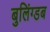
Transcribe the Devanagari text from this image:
बुलिंग्डब